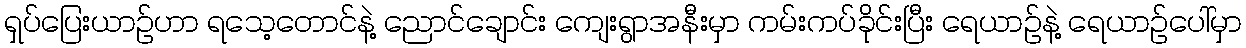
ရှပ်ပြေးယာဉ်ဟာ ရသေ့တောင်နဲ့ ညောင်ချောင်း ကျေးရွာအနီးမှာ ကမ်းကပ်ခိုင်းပြီး ရေယာဉ်နဲ့ ရေယာဉ်ပေါ်မှာ